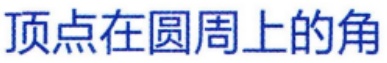
顶点在圆周上的角